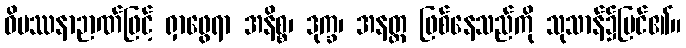
ဝိပဿနာဉာဏ်ဖြင့် ရှာဖွေရာ အနိစ္စ၊ ဒုက္ခ၊ အနတ္တ ဖြစ်နေသည်ကို သုသာန်၌မြင်၏။